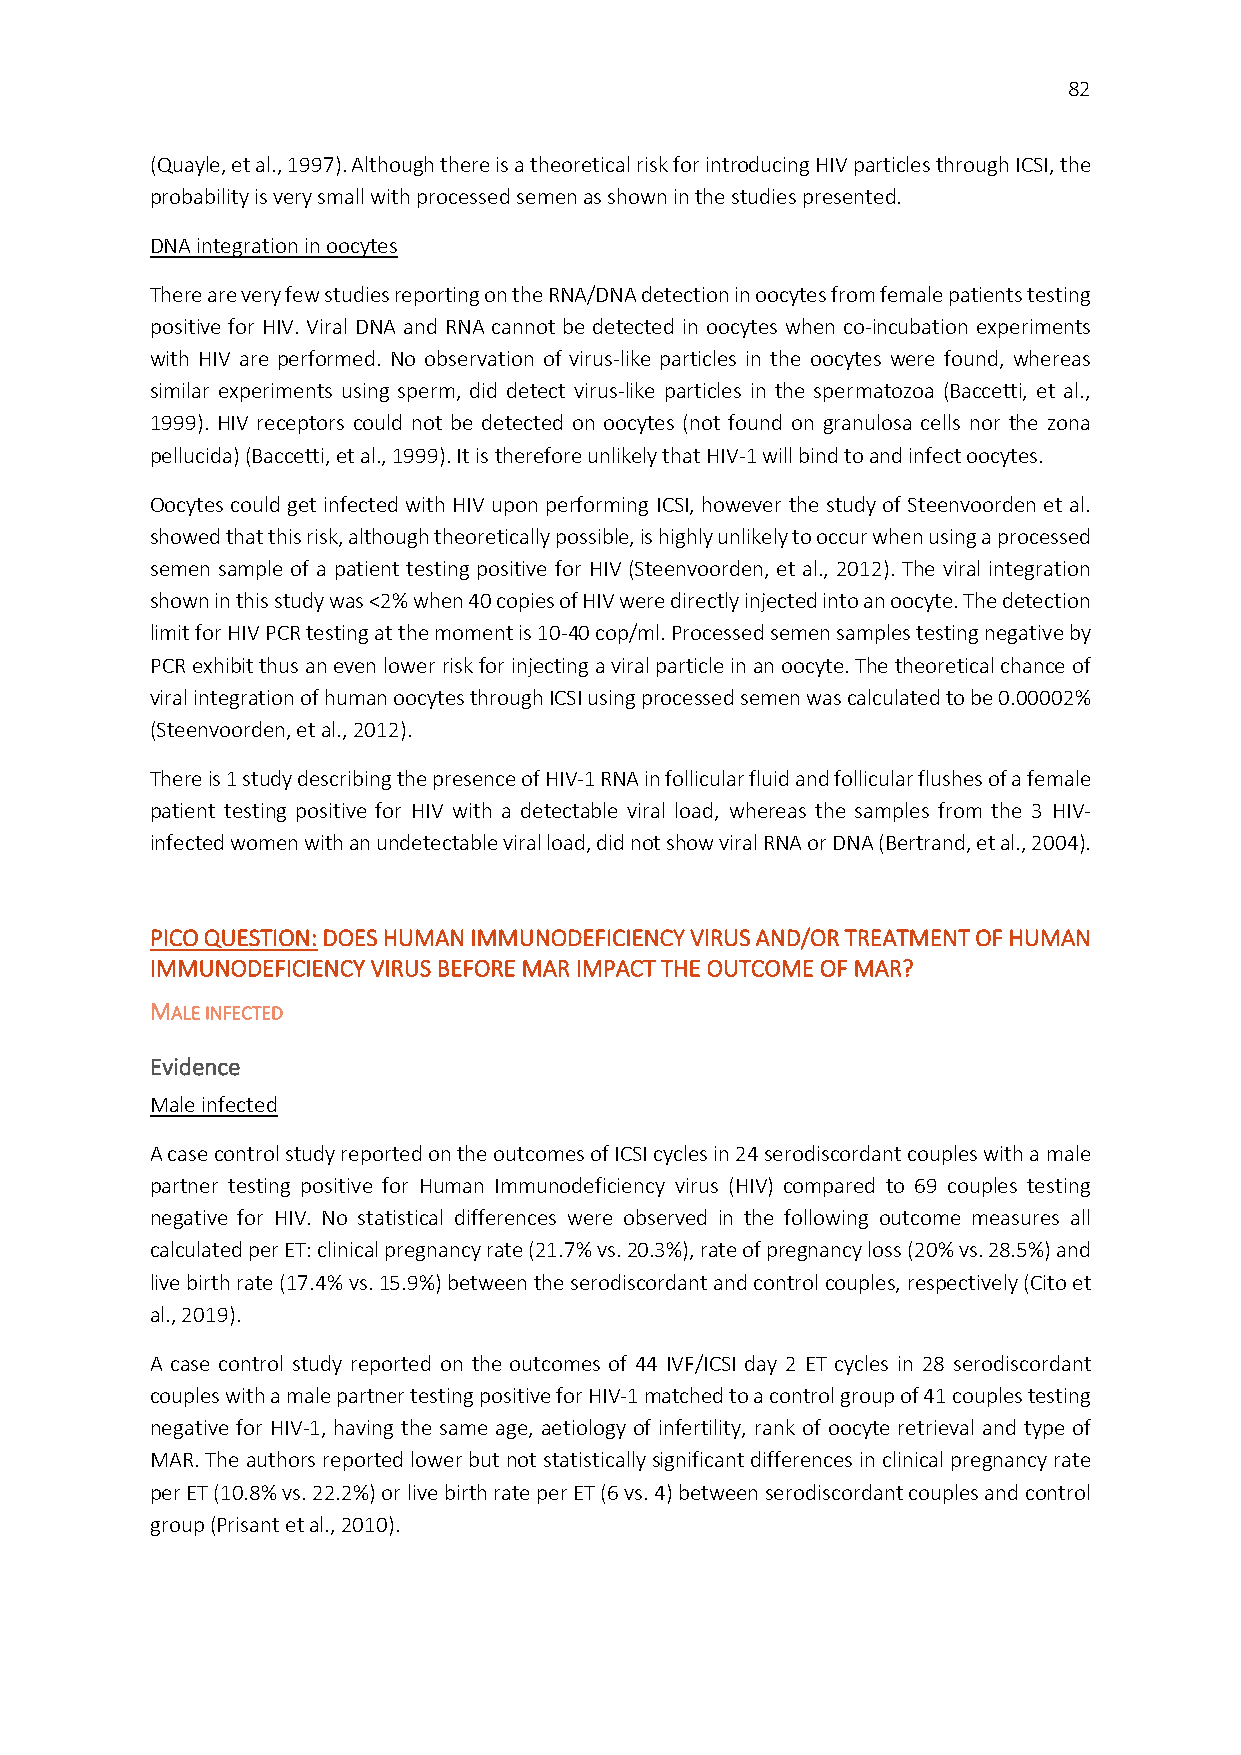
82
 (Quayle, et al., 1997). Although there is a theoretical risk for introducing HIV particles through ICSI, the
 probability is very small with processed semen as shown in the studies presented.
 DNA integration in oocytes
 There are very few studies reporting on the RNA/DNA detection in oocytes from female patients testing
 positive for HIV. Viral DNA and RNA cannot be detected in oocytes when co-incubation experiments
 with HIV are performed. No observation of virus-like particles in the oocytes were found, whereas
 similar experiments using sperm, did detect virus-like particles in the spermatozoa (Baccetti, et al.,
 1999). HIV receptors could not be detected on oocytes (not found on granulosa cells nor the zona
 pellucida) (Baccetti, et al., 1999). It is therefore unlikely that HIV-1 will bind to and infect oocytes.
 Oocytes could get infected with HIV upon performing ICSI, however the study of Steenvoorden et al.
 showed that this risk, although theoretically possible, is highly unlikely to occur when using a processed
 semen sample of a patient testing positive for HIV (Steenvoorden, et al., 2012). The viral integration
 shown in this study was <2% when 40 copies of HIV were directly injected into an oocyte. The detection
 limit for HIV PCR testing at the moment is 10-40 cop/ml. Processed semen samples testing negative by
 PCR exhibit thus an even lower risk for injecting a viral particle in an oocyte. The theoretical chance of
 viral integration of human oocytes through ICSI using processed semen was calculated to be 0.00002%
 (Steenvoorden, et al., 2012).
 There is 1 study describing the presence of HIV-1 RNA in follicular fluid and follicular flushes of a female
 patient testing positive for HIV with a detectable viral load, whereas the samples from the 3 HIV-
 infected women with an undetectable viral load, did not show viral RNA or DNA (Bertrand, et al., 2004).
 PICO QUESTION: DOES HUMAN IMMUNODEFICIENCY VIRUS AND/OR TREATMENT OF HUMAN
 IMMUNODEFICIENCY VIRUS BEFORE MAR IMPACT THE OUTCOME OF MAR?
 MALE INFECTED
 Evidence
 Male infected
 A case control study reported on the outcomes of ICSI cycles in 24 serodiscordant couples with a male
 partner testing positive for Human Immunodeficiency virus (HIV) compared to 69 couples testing
 negative for HIV. No statistical differences were observed in the following outcome measures all
 calculated per ET: clinical pregnancy rate (21.7% vs. 20.3%), rate of pregnancy loss (20% vs. 28.5%) and
 live birth rate (17.4% vs. 15.9%) between the serodiscordant and control couples, respectively (Cito et
 al., 2019).
 A case control study reported on the outcomes of 44 IVF/ICSI day 2 ET cycles in 28 serodiscordant
 couples with a male partner testing positive for HIV-1 matched to a control group of 41 couples testing
 negative for HIV-1, having the same age, aetiology of infertility, rank of oocyte retrieval and type of
 MAR. The authors reported lower but not statistically significant differences in clinical pregnancy rate
 per ET (10.8% vs. 22.2%) or live birth rate per ET (6 vs. 4) between serodiscordant couples and control
 group (Prisant et al., 2010).